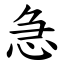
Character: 急